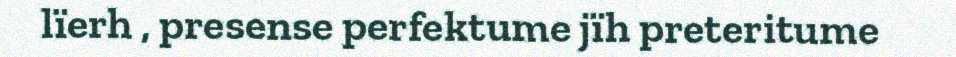
lïerh , presense perfektume jïh preteritume